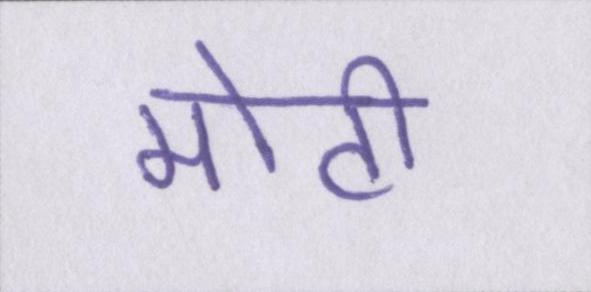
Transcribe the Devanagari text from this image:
मोटी